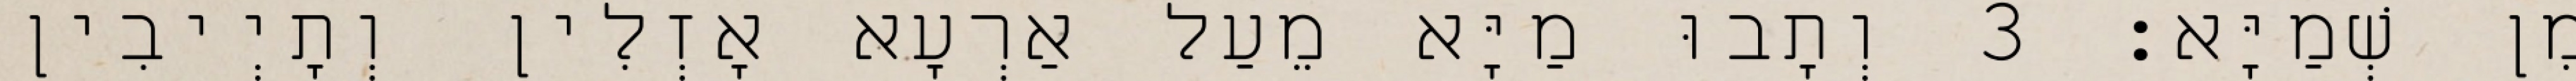
מִן שְׁמַיָּא׃ 3 וְתָבוּ מַיָּא מֵעַל אַרְעָא אָזְלִין וְתָיְיבִין